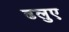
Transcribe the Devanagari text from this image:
ढलुए